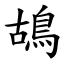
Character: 鴣